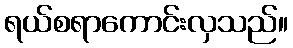
ရယ်စရာကောင်းလှသည်။